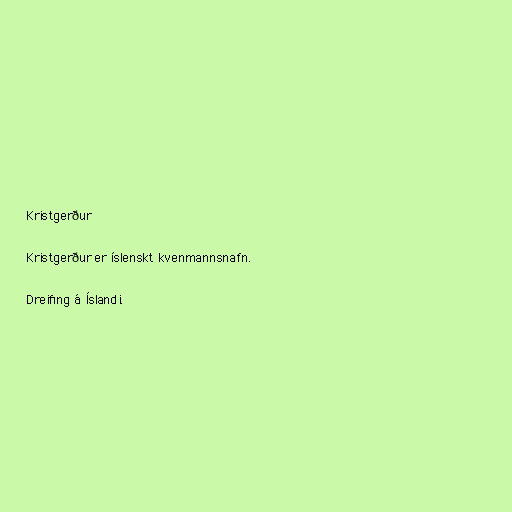
Kristgerður

Kristgerður er íslenskt kvenmannsnafn.

Dreifing á Íslandi.